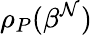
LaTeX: \rho_{P}(\beta^{\mathcal{N}})